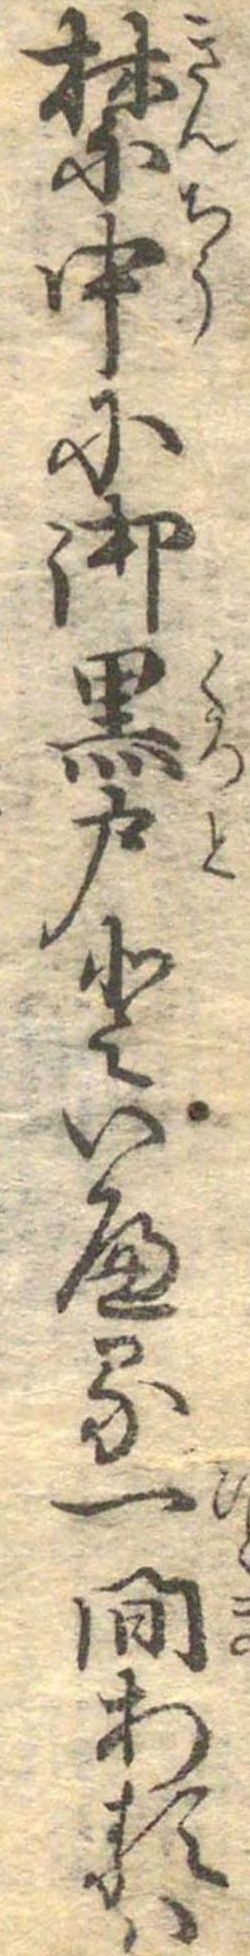
禁中に御黒戸といへる一間あるは